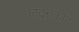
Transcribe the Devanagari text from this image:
काटूनकार